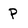
Character: P